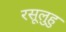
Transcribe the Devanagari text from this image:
रसूलुहु